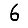
Digit: 6